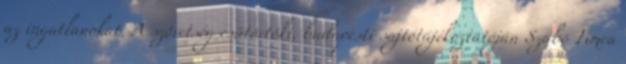
az ingatlanokat. A szövetség csütörtöki, budapesti sajtótájékoztatóján Szabó Tímea